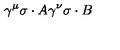
\gamma ^ { \mu } \sigma \cdot A \gamma ^ { \nu } \sigma \cdot B